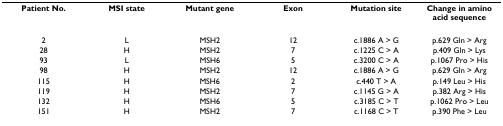
<table><thead><tr><td><b>Patient No.</b></td><td><b>MSI state</b></td><td><b>Mutant gene</b></td><td><b>Exon</b></td><td><b>Mutation site</b></td><td><b>Change in amino acid sequence</b></td></tr></thead><tbody><tr><td>2</td><td>L</td><td>MSH2</td><td>12</td><td>c.1886 A &gt; G</td><td>p.629 Gln &gt; Arg</td></tr><tr><td>28</td><td>H</td><td>MSH2</td><td>7</td><td>c.1225 C &gt; A</td><td>p.409 Gln &gt; Lys</td></tr><tr><td>93</td><td>L</td><td>MSH6</td><td>5</td><td>c.3200 C &gt; A</td><td>p.1067 Pro &gt; His</td></tr><tr><td>98</td><td>H</td><td>MSH2</td><td>12</td><td>c.1886 A &gt; G</td><td>p.629 Gln &gt; Arg</td></tr><tr><td>115</td><td>H</td><td>MSH6</td><td>2</td><td>c.440 T &gt; A</td><td>p.149 Leu &gt; His</td></tr><tr><td>119</td><td>H</td><td>MSH2</td><td>7</td><td>c.1145 G &gt; A</td><td>p.382 Arg &gt; His</td></tr><tr><td>132</td><td>H</td><td>MSH6</td><td>5</td><td>c.3185 C &gt; T</td><td>p.1062 Pro &gt; Leu</td></tr><tr><td>151</td><td>H</td><td>MSH2</td><td>7</td><td>c.1168 C &gt; T</td><td>p.390 Phe &gt; Leu</td></tr></tbody></table>